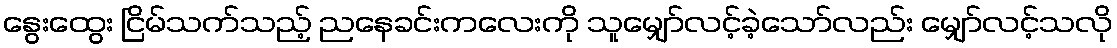
နွေးထွေး ငြိမ်သက်သည့် ညနေခင်းကလေးကို သူမျှော်လင့်ခဲ့သော်လည်း မျှော်လင့်သလို